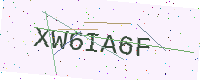
Text: XW6IA6F